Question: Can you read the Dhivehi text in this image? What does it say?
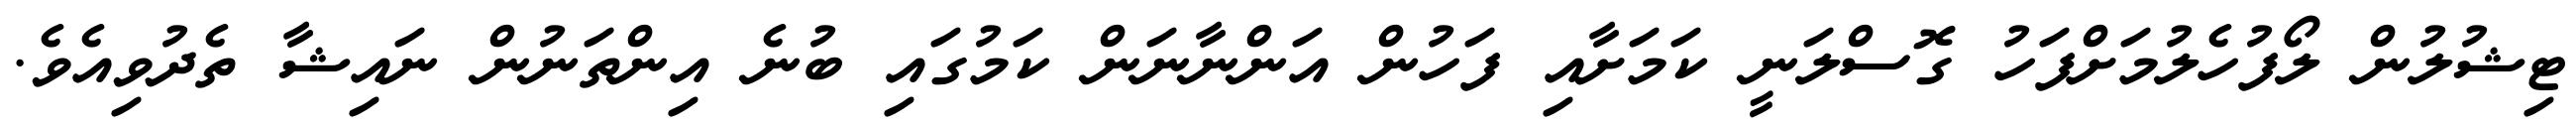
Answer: ޓިޝުލުން ލޯފުހެލުމަށްފަހު ގޮސްލަނީ ކަމަށާއި ފަހުން އަންނާނަން ކަމުގައި ބުނެ އިންތަނުން ނައިޝާ ތެދުވިއެވެ.